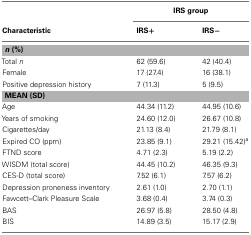
|  | <COLSPAN=2> IRS group |
 | Characteristic | IRS+ | IRS− |
 | --- | --- | --- |
 | <COLSPAN=3> n (%) |
 | Total n | 62 (59.6) | 42 (40.4) |
 | Female | 17 (27.4) | 16 (38.1) |
 | Positive depression history | 7 (11.3) | 5 (9.5) |
 | <COLSPAN=3> MEAN (SD) |
 | Age | 44.34 (11.2) | 44.95 (10.6) |
 | Years of smoking | 24.60 (12.0) | 26.67 (10.8) |
 | Cigarettes/day | 21.13 (8.4) | 21.79 (8.1) |
 | Expired CO (ppm) | 23.85 (9.1) | 29.21 (15.42)a |
 | FTND score | 4.71 (2.3) | 5.19 (2.2) |
 | WISDM (total score) | 44.45 (10.2) | 46.35 (9.3) |
 | CES-D (total score) | 7.52 (6.1) | 7.57 (6.2) |
 | Depression proneness inventory | 2.61 (1.0) | 2.70 (1.1) |
 | Fawcett–Clark Pleasure Scale | 3.68 (0.4) | 3.74 (0.3) |
 | BAS | 26.97 (5.8) | 28.50 (4.8) |
 | BIS | 14.89 (3.5) | 15.17 (2.9) |